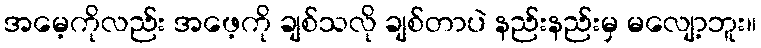
အမေ့ကိုလည်း အဖေ့ကို ချစ်သလို ချစ်တာပဲ နည်းနည်းမှ မလျော့ဘူး။